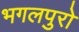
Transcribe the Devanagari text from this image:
भगलपुरो